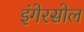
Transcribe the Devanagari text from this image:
इंगेरसोल